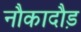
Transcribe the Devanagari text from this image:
नौकादौड़